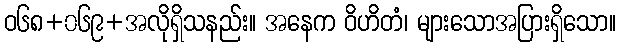
ဝ၆၈+၀၆၉+အလိုရှိသနည်း။ အနေက ဝိဟိတံ၊ များသောအပြားရှိသော။